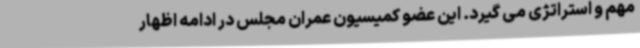
مهم و استراتژی می گیرد. این عضو کمیسیون عمران مجلس در ادامه اظهار